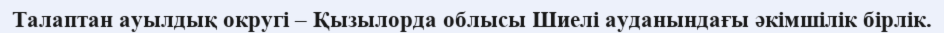
Талаптан ауылдық округі – Қызылорда облысы Шиелі ауданындағы әкімшілік бірлік.